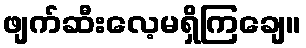
ဖျက်ဆီးလေ့မရှိကြချေ။